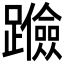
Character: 𰸶